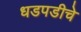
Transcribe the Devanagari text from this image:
धडपडीचे